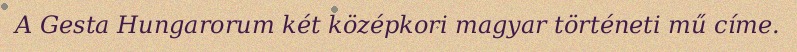
A Gesta Hungarorum két középkori magyar történeti mű címe.